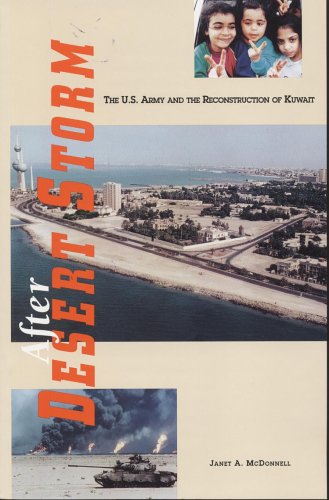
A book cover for After Desert Storm: The United States Army and the Reconstruction of Kuwait (CMH pub); Ms. Janet A. McDonnell; History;